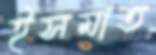
ইসমাত